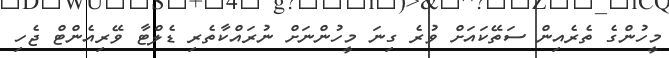
މީހުންގެ ތެރެއިން ސަތޭކައަށް ވުރެ ގިނަ މީހުންނަށް ނުރައްކާތެރި ޑެލްޓާ ވޭރިއެންޓް ޖެހި